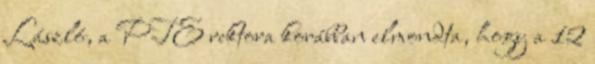
László, a PTE rektora korábban elmondta, hogy a 12